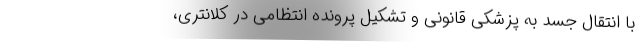
با انتقال جسد به پزشکی قانونی و تشکیل پرونده انتظامی در کلانتری،